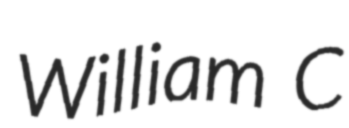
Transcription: William C